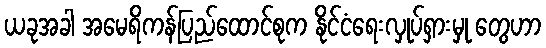
ယခုအခါ အမေရိကန်ပြည်ထောင်စုက နိုင်ငံရေးလှုပ်ရှားမှု တွေဟာ